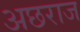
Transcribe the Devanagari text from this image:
अछराज